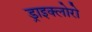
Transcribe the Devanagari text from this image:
ड्राइक्लोरो